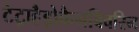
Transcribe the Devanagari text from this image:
टेट्राहैड्रोकैनबिवरिन